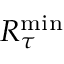
R _ { \tau } ^ { \mathrm { { m i n } } }